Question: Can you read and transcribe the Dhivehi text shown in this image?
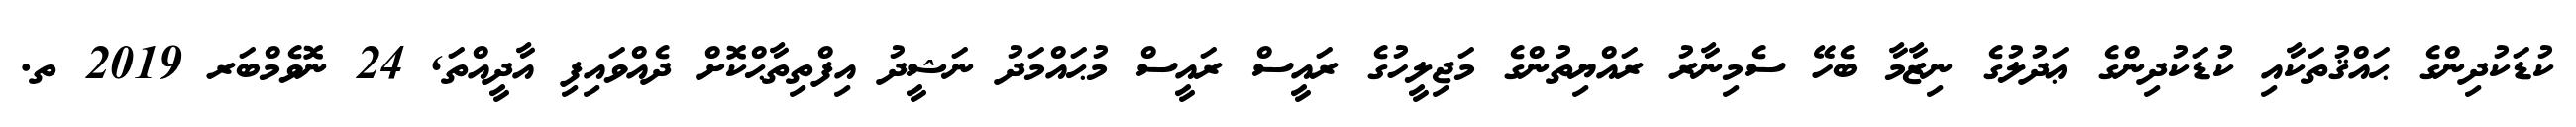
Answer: ކުޑަކުދިންގެ ޙައްޤުތަކާއި ކުޑަކުދިންގެ ޢަދުލުގެ ނިޒާމާ ބެހޭ ސެމިނާރު ރައްޔިތުންގެ މަޖިލީހުގެ ރައީސް ރައީސް މުޙައްމަދު ނަޝީދު އިފްތިތާޙްކޮށް ދެއްވައިފި އާދީއްތަ, 24 ނޮވެމްބަރ 2019 ތ.